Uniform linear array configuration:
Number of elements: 12
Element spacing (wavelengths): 0.25
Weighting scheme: cosine
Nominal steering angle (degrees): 0
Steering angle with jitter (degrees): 1.683
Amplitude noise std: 0.05
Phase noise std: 0.05

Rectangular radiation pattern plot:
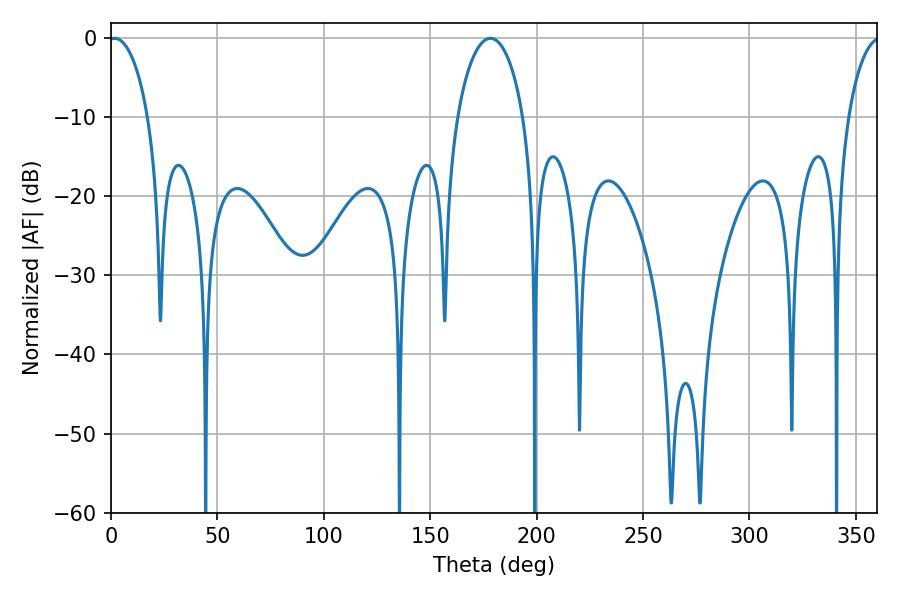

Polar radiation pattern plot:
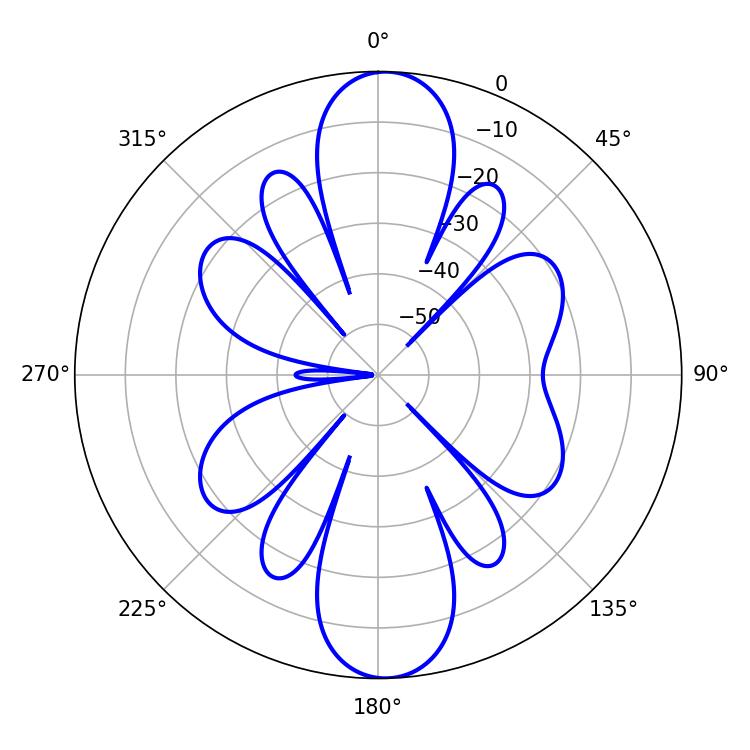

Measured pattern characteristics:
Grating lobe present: FALSE
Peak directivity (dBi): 19.943
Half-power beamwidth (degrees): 10.62
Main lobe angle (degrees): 1.8